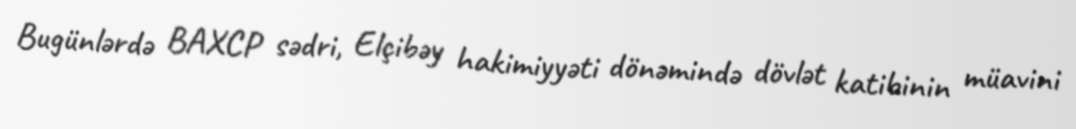
Bugünlərdə BAXCP sədri, Elçibəy hakimiyyəti dönəmində dövlət katibinin müavini